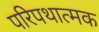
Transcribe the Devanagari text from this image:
परिपथात्मक